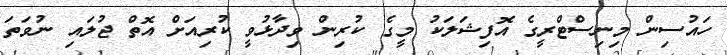
ހައުސިން މިނިސްޓްރީގެ އޮފިޝަލަކު މީގެ ކުރިން ވިދާޅުވީ ކުރިއަށް އޮތް ޖުލައި ނުވަތަ